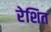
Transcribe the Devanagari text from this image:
रेशित